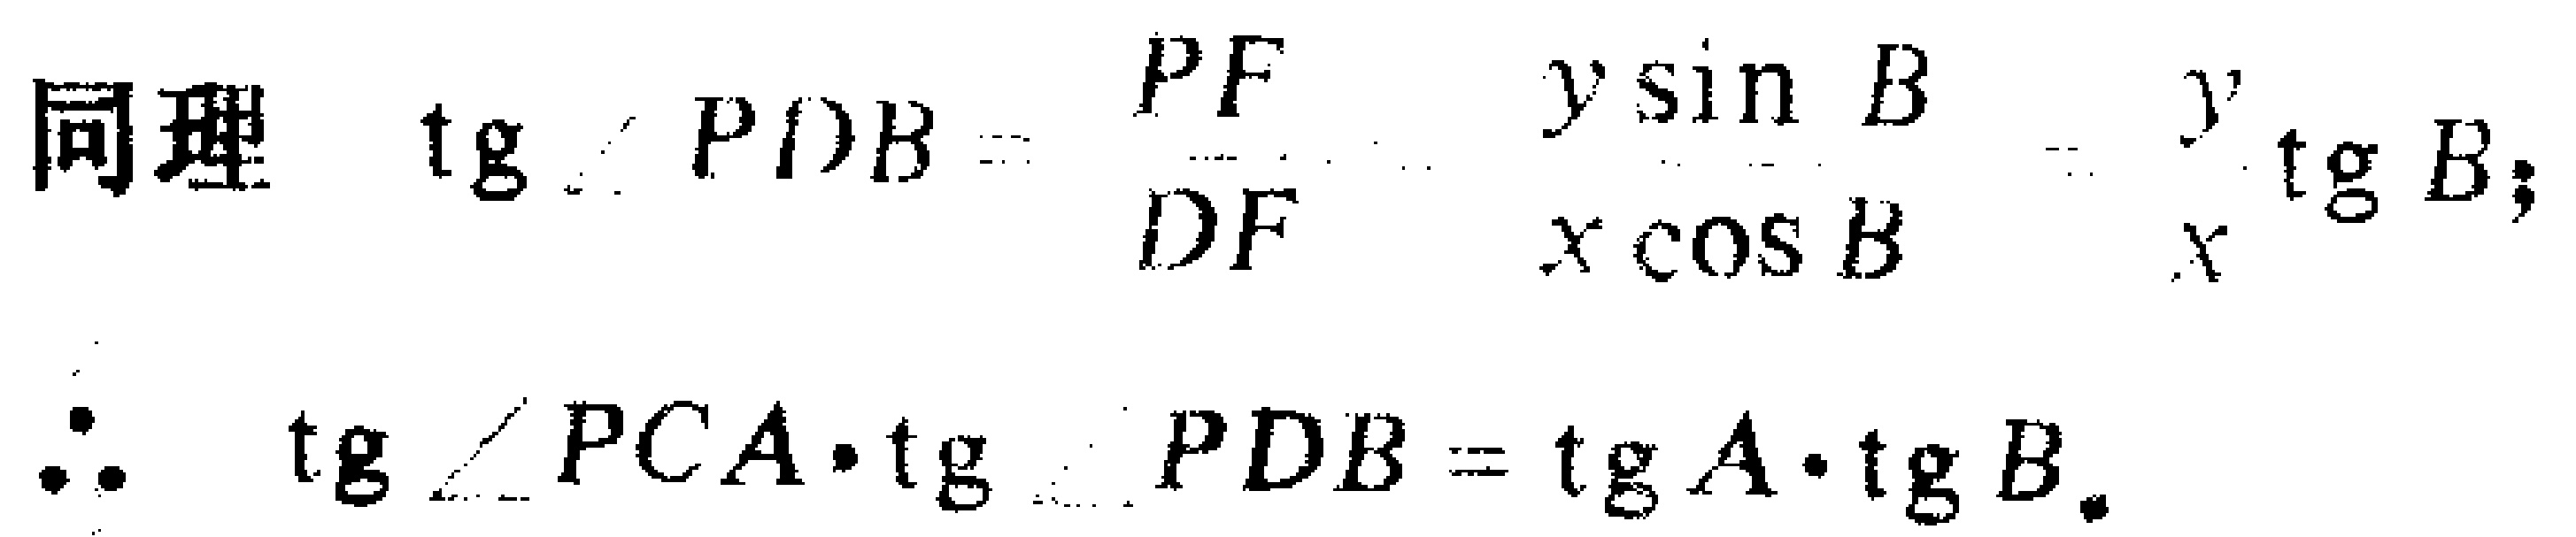
同理
\(\tg\angle PDB = \frac{PF}{DF}=\frac{y\sin B}{x\cos B}=\frac{y}{x}\tg B;\)
\(\therefore \tg\angle PCA\cdot\tg\angle PDB=\tg A\cdot\tg B.\)